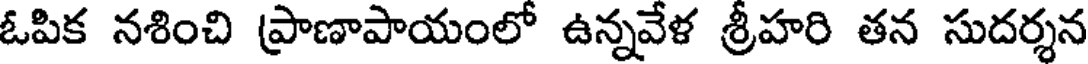
ఓపిక నశించి ప్రాణాపాయంలో ఉన్నవేళ శ్రీహరి తన సుదర్శన